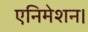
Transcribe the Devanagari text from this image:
एनिमेशन।